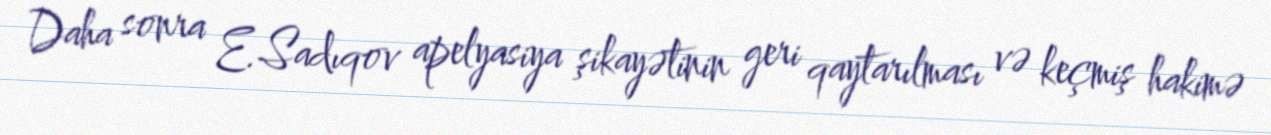
Daha sonra E.Sadıqov apelyasiya şikayətinin geri qaytarılması və keçmiş hakimə